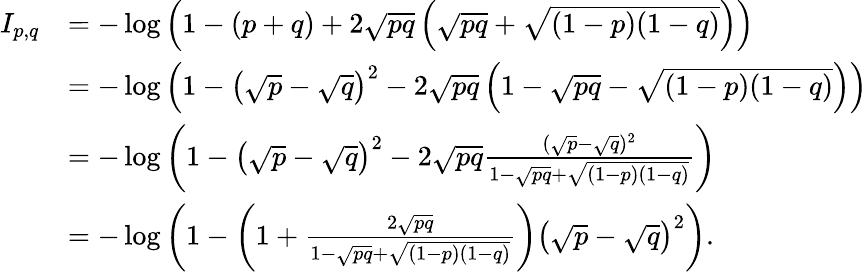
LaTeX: \begin{array}{rl}{I_{p,q}}&{=-\log\left(1-(p+q)+2\sqrt{pq}\left(\sqrt{pq}+\sqrt{(1-p)(1-q)}\right)\right)}\\ &{=-\log\left(1-\left(\sqrt{p}-\sqrt{q}\right)^{2}-2\sqrt{pq}\left(1-\sqrt{pq}-\sqrt{(1-p)(1-q)}\right)\right)}\\ &{=-\log\left(1-\left(\sqrt{p}-\sqrt{q}\right)^{2}-2\sqrt{pq}\frac{(\sqrt{p}-\sqrt{q})^{2}}{1-\sqrt{pq}+\sqrt{(1-p)(1-q)}}\right)}\\ &{=-\log\left(1-\left(1+\frac{2\sqrt{pq}}{1-\sqrt{pq}+\sqrt{(1-p)(1-q)}}\right)\left(\sqrt{p}-\sqrt{q}\right)^{2}\right).}\end{array}